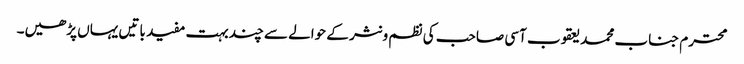
محترم جناب محمد یعقوب آسی صاحب کی نظم و نثر کے حوالے سے چند بہت مفید باتیں یہاں پڑھیں۔